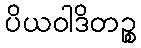
ပိယဝါဒိတဉ္စ